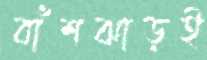
বাঁশঝাড়ই